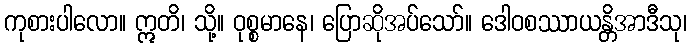
ကုစားပါလော။ ဣတိ၊ သို့။ ဝုစ္စမာနေ၊ ပြောဆိုအပ်သော်။ ဒေါဝစဿာယန္တိအာဒီသု၊